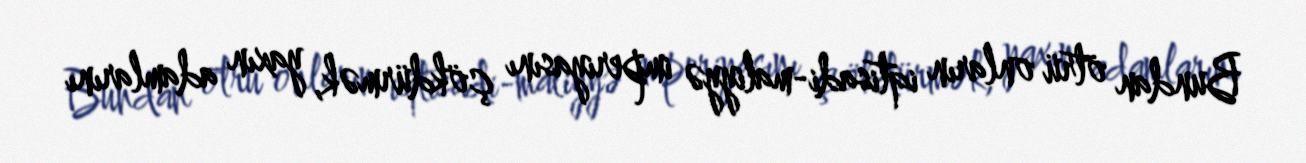
Bundan ötrü onların iqtisadi-maliyyə imperiyasını çökdürmək, yaxın adamlarını